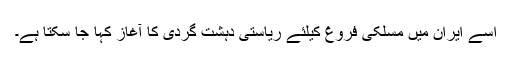
اسے ایران میں مسلکی فروغ کیلئے ریاستی دہشت گردی کا آغاز کہا جا سکتا ہے۔